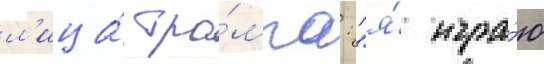
л'ица́ тра́мпа: "я́ игра́ю